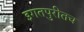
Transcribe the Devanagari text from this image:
इगतपुरीतच